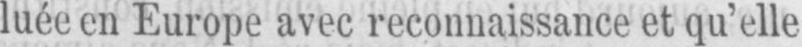
luée en Europe avec reconnaissance et qu’elle